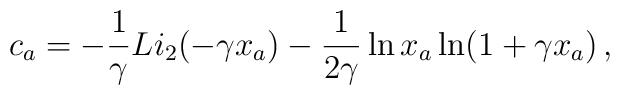
c_a = -\frac{1}{\gamma} Li_2(-\gamma x_a)  - \frac{1}{2\gamma} \ln x_a \ln (1+\gamma x_a) \,,